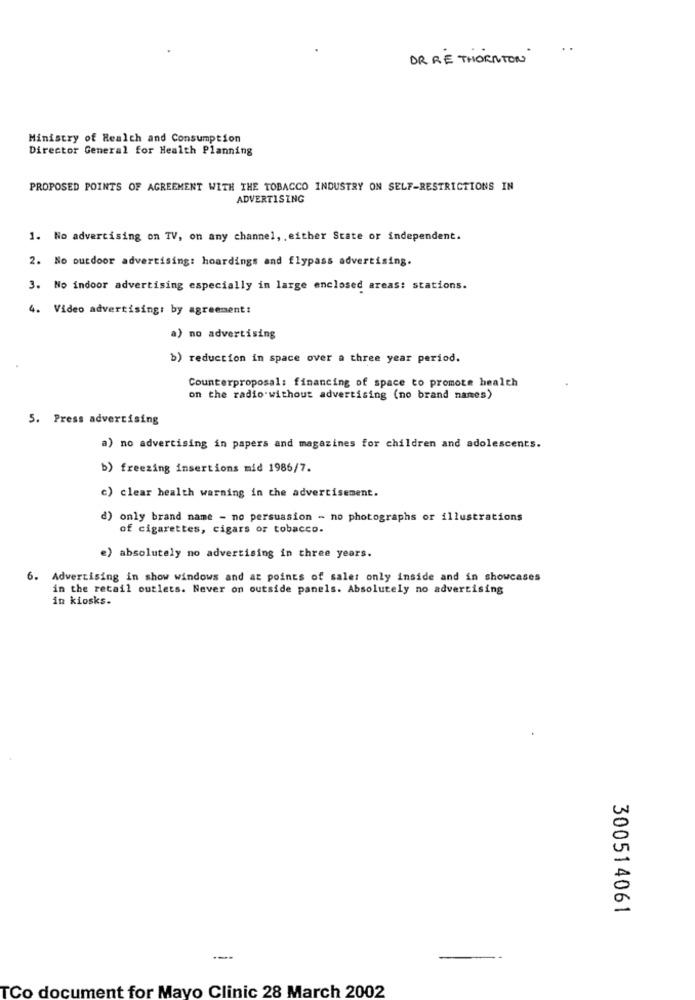
OR RE THORNTON
Ministry of Health and Consumption
Director General for Health Planning
PROPOSED POINTS OF AGREEMENT WITH THE TOBACCO INDUSTRY ON SELF-RESTRICTIONS IN
ADVERTISING
1. No advertising on TV, on any channel, . either State or independent.
2. No outdoor advertising: hoardings and flypass advertising.
3. No indoor advertising especially in large enclosed areas: stations.
4. Video advertising: by agreement:
a) no advertising
b) reduction in space over a three year period.
Counterproposal: financing of space to promote health
on the radio without advertising (no brand names)
5. Press advertising
a) no advertising in papers and magazines for children and adolescents.
b) freezing insertions mid 1986/7.
c) clear health warning in the advertisement.
d) only brand name - no persuasion - no photographs or illustrations
of cigarettes, cigars or tobacco.
e) absolutely no advertising in three years.
6. Advertising in show windows and at points of sales only inside and in showcases
in the retail outlets. Never on outside panels. Absolutely no advertising
in kiosks.
300514061
---
--
TCo document for Mayo Clinic 28 March 2002